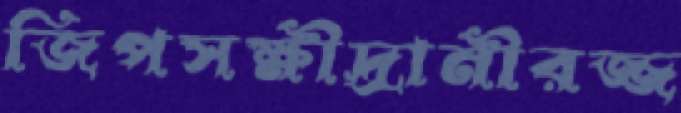
জিপসক্ষীদ্রানীরজ্জ